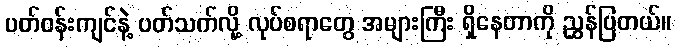
ပတ်ဝန်းကျင်နဲ့ ပတ်သက်လို့ လုပ်စရာတွေ အများကြီး ရှိနေတာကို ညွှန်ပြတယ်။